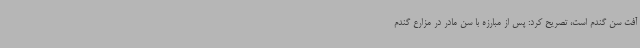
آفت سن گندم است، تصریح کرد: پس از مبارزه با سن مادر در مزارع گندم